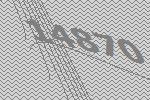
14870